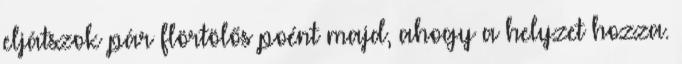
eljátszok pár flörtölős poént majd, ahogy a helyzet hozza.